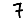
Digit: 7